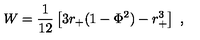
W = { \frac { 1 } { 1 2 } } \left[ 3 r _ { + } ( 1 - \Phi ^ { 2 } ) - r _ { + } ^ { 3 } \right] \ ,